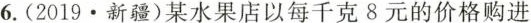
6.(2019.新疆)某水果店以每千克8元的价格购进